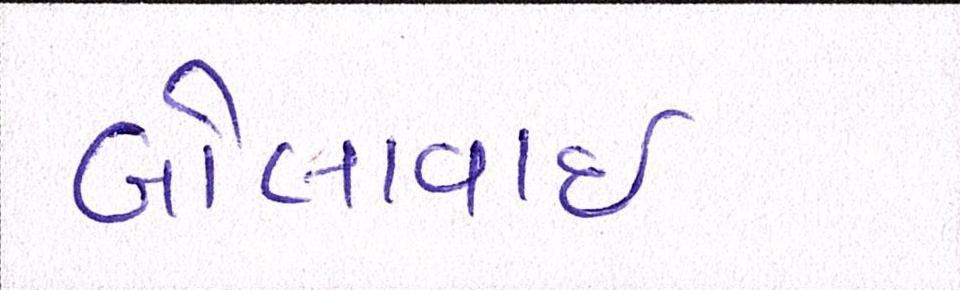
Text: બોલાવાઇ